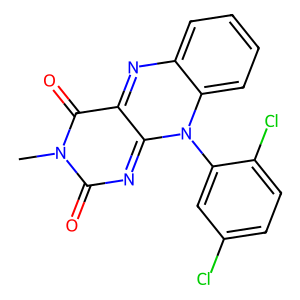
SMILES: Cn1c(=O)nc2n(-c3cc(Cl)ccc3Cl)c3ccccc3nc-2c1=O
Inhibits HIV replication: No